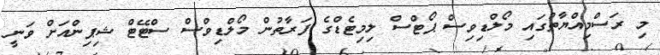
މި ރަސްމިއްޔާތުގައި މޯލްޑިވިސް ޕޯޓްސް ލިމިޓެޑްގެ ފަރާތުން މޯލްޑިވްސް ސްޓޭޓް ޝިޕިންއަށް ވަނީ